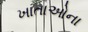
ખાતાઓના